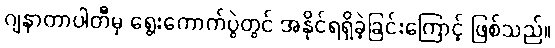
ဂျနာတာပါတီမှ ရွေးကောက်ပွဲတွင် အနိုင်ရရှိခဲ့ခြင်းကြောင့် ဖြစ်သည်။